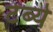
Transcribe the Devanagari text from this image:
टेंब्ये